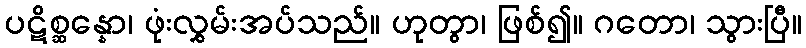
ပဋိစ္ဆန္နော၊ ဖုံးလွှမ်းအပ်သည်။ ဟုတွာ၊ ဖြစ်၍။ ဂတော၊ သွားပြီ။